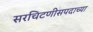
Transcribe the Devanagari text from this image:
सरचिटणीसपदाच्या